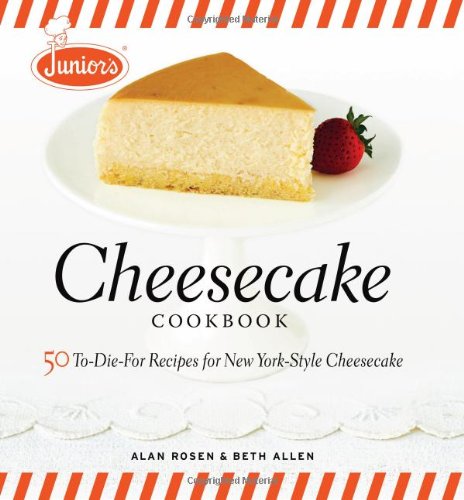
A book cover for Junior's Cheesecake Cookbook: 50 To-Die-For Recipes of New York-Style Cheesecake; Alan Rosen; Cookbooks, Food & Wine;